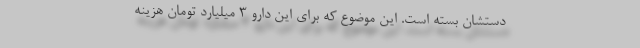
دستشان بسته است. این موضوع که برای این دارو ۳ میلیارد تومان هزینه‌